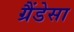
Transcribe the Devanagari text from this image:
ग्रैंडेसा